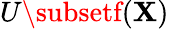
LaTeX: U\subsetf(\mathbf{X})